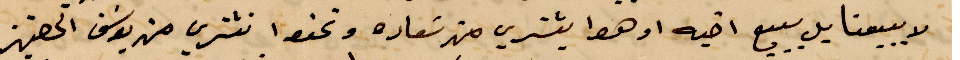
لا يبيعنا بل يبيع أخيه او هوا يشتري من سعادة وتحفظ نشتري من يوسف %%